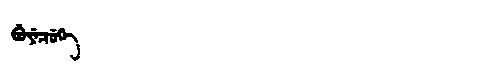
Manchu: ᠪᡠᠶᡝᠴᡠᡴᡝ
Romanization: BUYECUKE